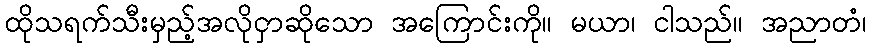
ထိုသရက်သီးမှည့်အလိုငှာဆိုသော အကြောင်းကို။ မယာ၊ ငါသည်။ အညာတံ၊